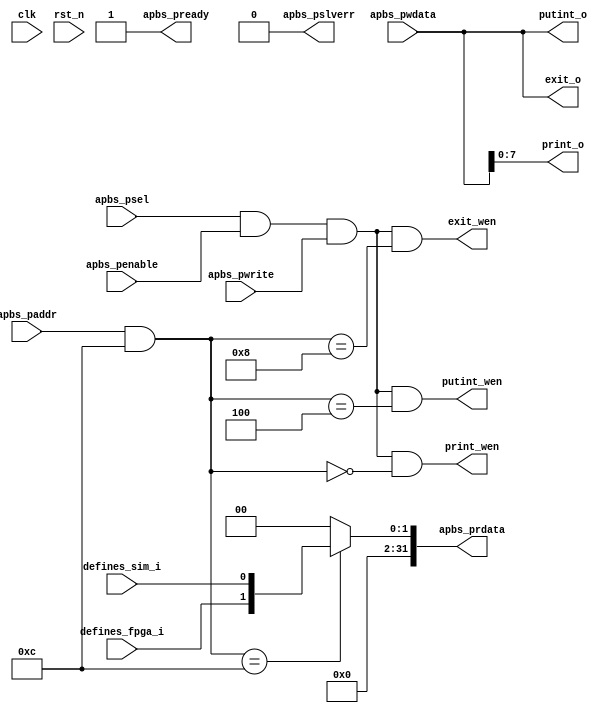
/*******************************************************************************
*                          AUTOGENERATED BY REGBLOCK                           *
*                            Do not edit manually.                             *
*          Edit the source file (or regblock utility) and regenerate.          *
*******************************************************************************/

// Block name           : tbman
// Bus type             : apb
// Bus data width       : 32
// Bus address width    : 16

module tbman_regs (
	input wire clk,
	input wire rst_n,
	
	// APB Port
	input wire apbs_psel,
	input wire apbs_penable,
	input wire apbs_pwrite,
	input wire [15:0] apbs_paddr,
	input wire [31:0] apbs_pwdata,
	output wire [31:0] apbs_prdata,
	output wire apbs_pready,
	output wire apbs_pslverr,
	
	// Register interfaces
	output reg [7:0] print_o,
	output reg print_wen,
	output reg [31:0] putint_o,
	output reg putint_wen,
	output reg [31:0] exit_o,
	output reg exit_wen,
	input wire  defines_sim_i,
	input wire  defines_fpga_i
);

// APB adapter
wire [31:0] wdata = apbs_pwdata;
reg [31:0] rdata;
wire wen = apbs_psel && apbs_penable && apbs_pwrite;
wire ren = apbs_psel && apbs_penable && !apbs_pwrite;
wire [15:0] addr = apbs_paddr & 16'hc;
assign apbs_prdata = rdata;
assign apbs_pready = 1'b1;
assign apbs_pslverr = 1'b0;

localparam ADDR_PRINT = 0;
localparam ADDR_PUTINT = 4;
localparam ADDR_EXIT = 8;
localparam ADDR_DEFINES = 12;

wire __print_wen = wen && addr == ADDR_PRINT;
wire __print_ren = ren && addr == ADDR_PRINT;
wire __putint_wen = wen && addr == ADDR_PUTINT;
wire __putint_ren = ren && addr == ADDR_PUTINT;
wire __exit_wen = wen && addr == ADDR_EXIT;
wire __exit_ren = ren && addr == ADDR_EXIT;
wire __defines_wen = wen && addr == ADDR_DEFINES;
wire __defines_ren = ren && addr == ADDR_DEFINES;

wire [7:0] print_wdata = wdata[7:0];
wire [7:0] print_rdata;
wire [31:0] __print_rdata = {24'h0, print_rdata};
assign print_rdata = 8'h0;

wire [31:0] putint_wdata = wdata[31:0];
wire [31:0] putint_rdata;
wire [31:0] __putint_rdata = {putint_rdata};
assign putint_rdata = 32'h0;

wire [31:0] exit_wdata = wdata[31:0];
wire [31:0] exit_rdata;
wire [31:0] __exit_rdata = {exit_rdata};
assign exit_rdata = 32'h0;

wire  defines_sim_wdata = wdata[0];
wire  defines_sim_rdata;
wire  defines_fpga_wdata = wdata[1];
wire  defines_fpga_rdata;
wire [31:0] __defines_rdata = {30'h0, defines_fpga_rdata, defines_sim_rdata};
assign defines_sim_rdata = defines_sim_i;
assign defines_fpga_rdata = defines_fpga_i;

always @ (*) begin
	case (addr)
		ADDR_PRINT: rdata = __print_rdata;
		ADDR_PUTINT: rdata = __putint_rdata;
		ADDR_EXIT: rdata = __exit_rdata;
		ADDR_DEFINES: rdata = __defines_rdata;
		default: rdata = 32'h0;
	endcase
	print_wen = __print_wen;
	print_o = print_wdata;
	putint_wen = __putint_wen;
	putint_o = putint_wdata;
	exit_wen = __exit_wen;
	exit_o = exit_wdata;
end

always @ (posedge clk or negedge rst_n) begin
	if (!rst_n) begin
	end else begin
	end
end

endmodule